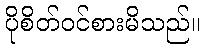
ပိုစိတ်ဝင်စားမိသည်။